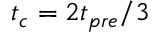
t _ { c } = 2 t _ { p r e } / 3